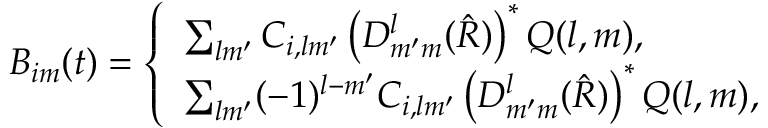
\begin{array} { r } { B _ { i m } ( t ) = \left\{ \begin{array} { l l } { \sum _ { l m ^ { \prime } } C _ { i , l m ^ { \prime } } \left( D _ { m ^ { \prime } m } ^ { l } ( \hat { R } ) \right) ^ { \ast } Q ( l , m ) , } \\ { \sum _ { l m ^ { \prime } } ( - 1 ) ^ { l - m ^ { \prime } } C _ { i , l m ^ { \prime } } \left( D _ { m ^ { \prime } m } ^ { l } ( \hat { R } ) \right) ^ { \ast } Q ( l , m ) , } \end{array} \right. } \end{array}